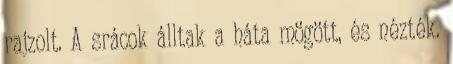
rajzolt. A srácok álltak a háta mögött, és nézték.